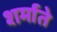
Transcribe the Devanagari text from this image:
शर्माते